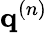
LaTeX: \mathbf{q}^{(n)}